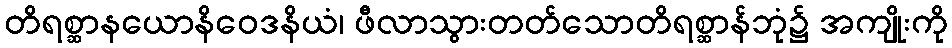
တိရစ္ဆာနယောနိဝေဒနိယံ၊ ဖီလာသွားတတ်သောတိရစ္ဆာန်ဘုံ၌ အကျိုးကို